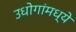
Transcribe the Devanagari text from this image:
उधोगांमध्ये